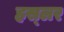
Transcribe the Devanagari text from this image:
हस्‍लर